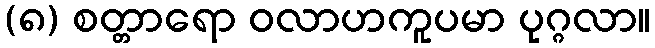
(၈) စတ္တာရော ဝလာဟကူပမာ ပုဂ္ဂလာ။